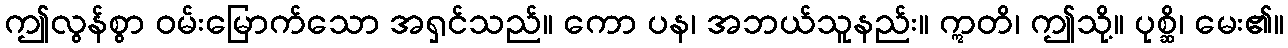
ဤလွန်စွာ ဝမ်းမြောက်သော အရှင်သည်။ ကော ပန၊ အဘယ်သူနည်း။ ဣတိ၊ ဤသို့။ ပုစ္ဆိ၊ မေး၏။